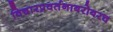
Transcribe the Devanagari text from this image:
विचारप्रवर्तनाबरोबरच